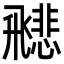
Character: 𩙻